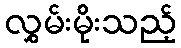
လွှမ်းမိုးသည့်